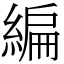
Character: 編